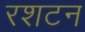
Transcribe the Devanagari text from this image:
रशटन